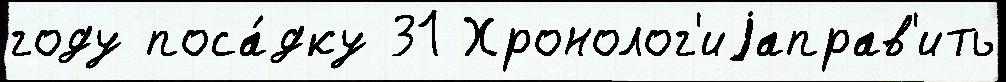
году поса́дку 31 Хронолог'иjаправ'ить